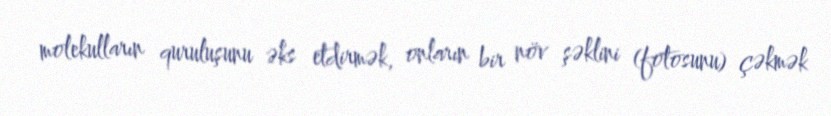
molekulların quruluşunu əks etdirmək, onların bir növ şəklini (fotosunu) çəkmək